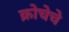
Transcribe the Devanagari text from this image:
क्रोचेचे